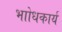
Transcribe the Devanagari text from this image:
भाोधकार्य